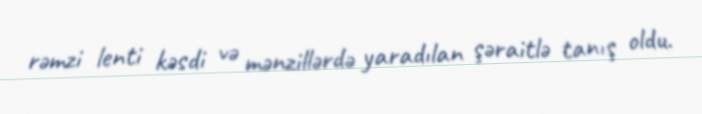
rəmzi lenti kəsdi və mənzillərdə yaradılan şəraitlə tanış oldu.